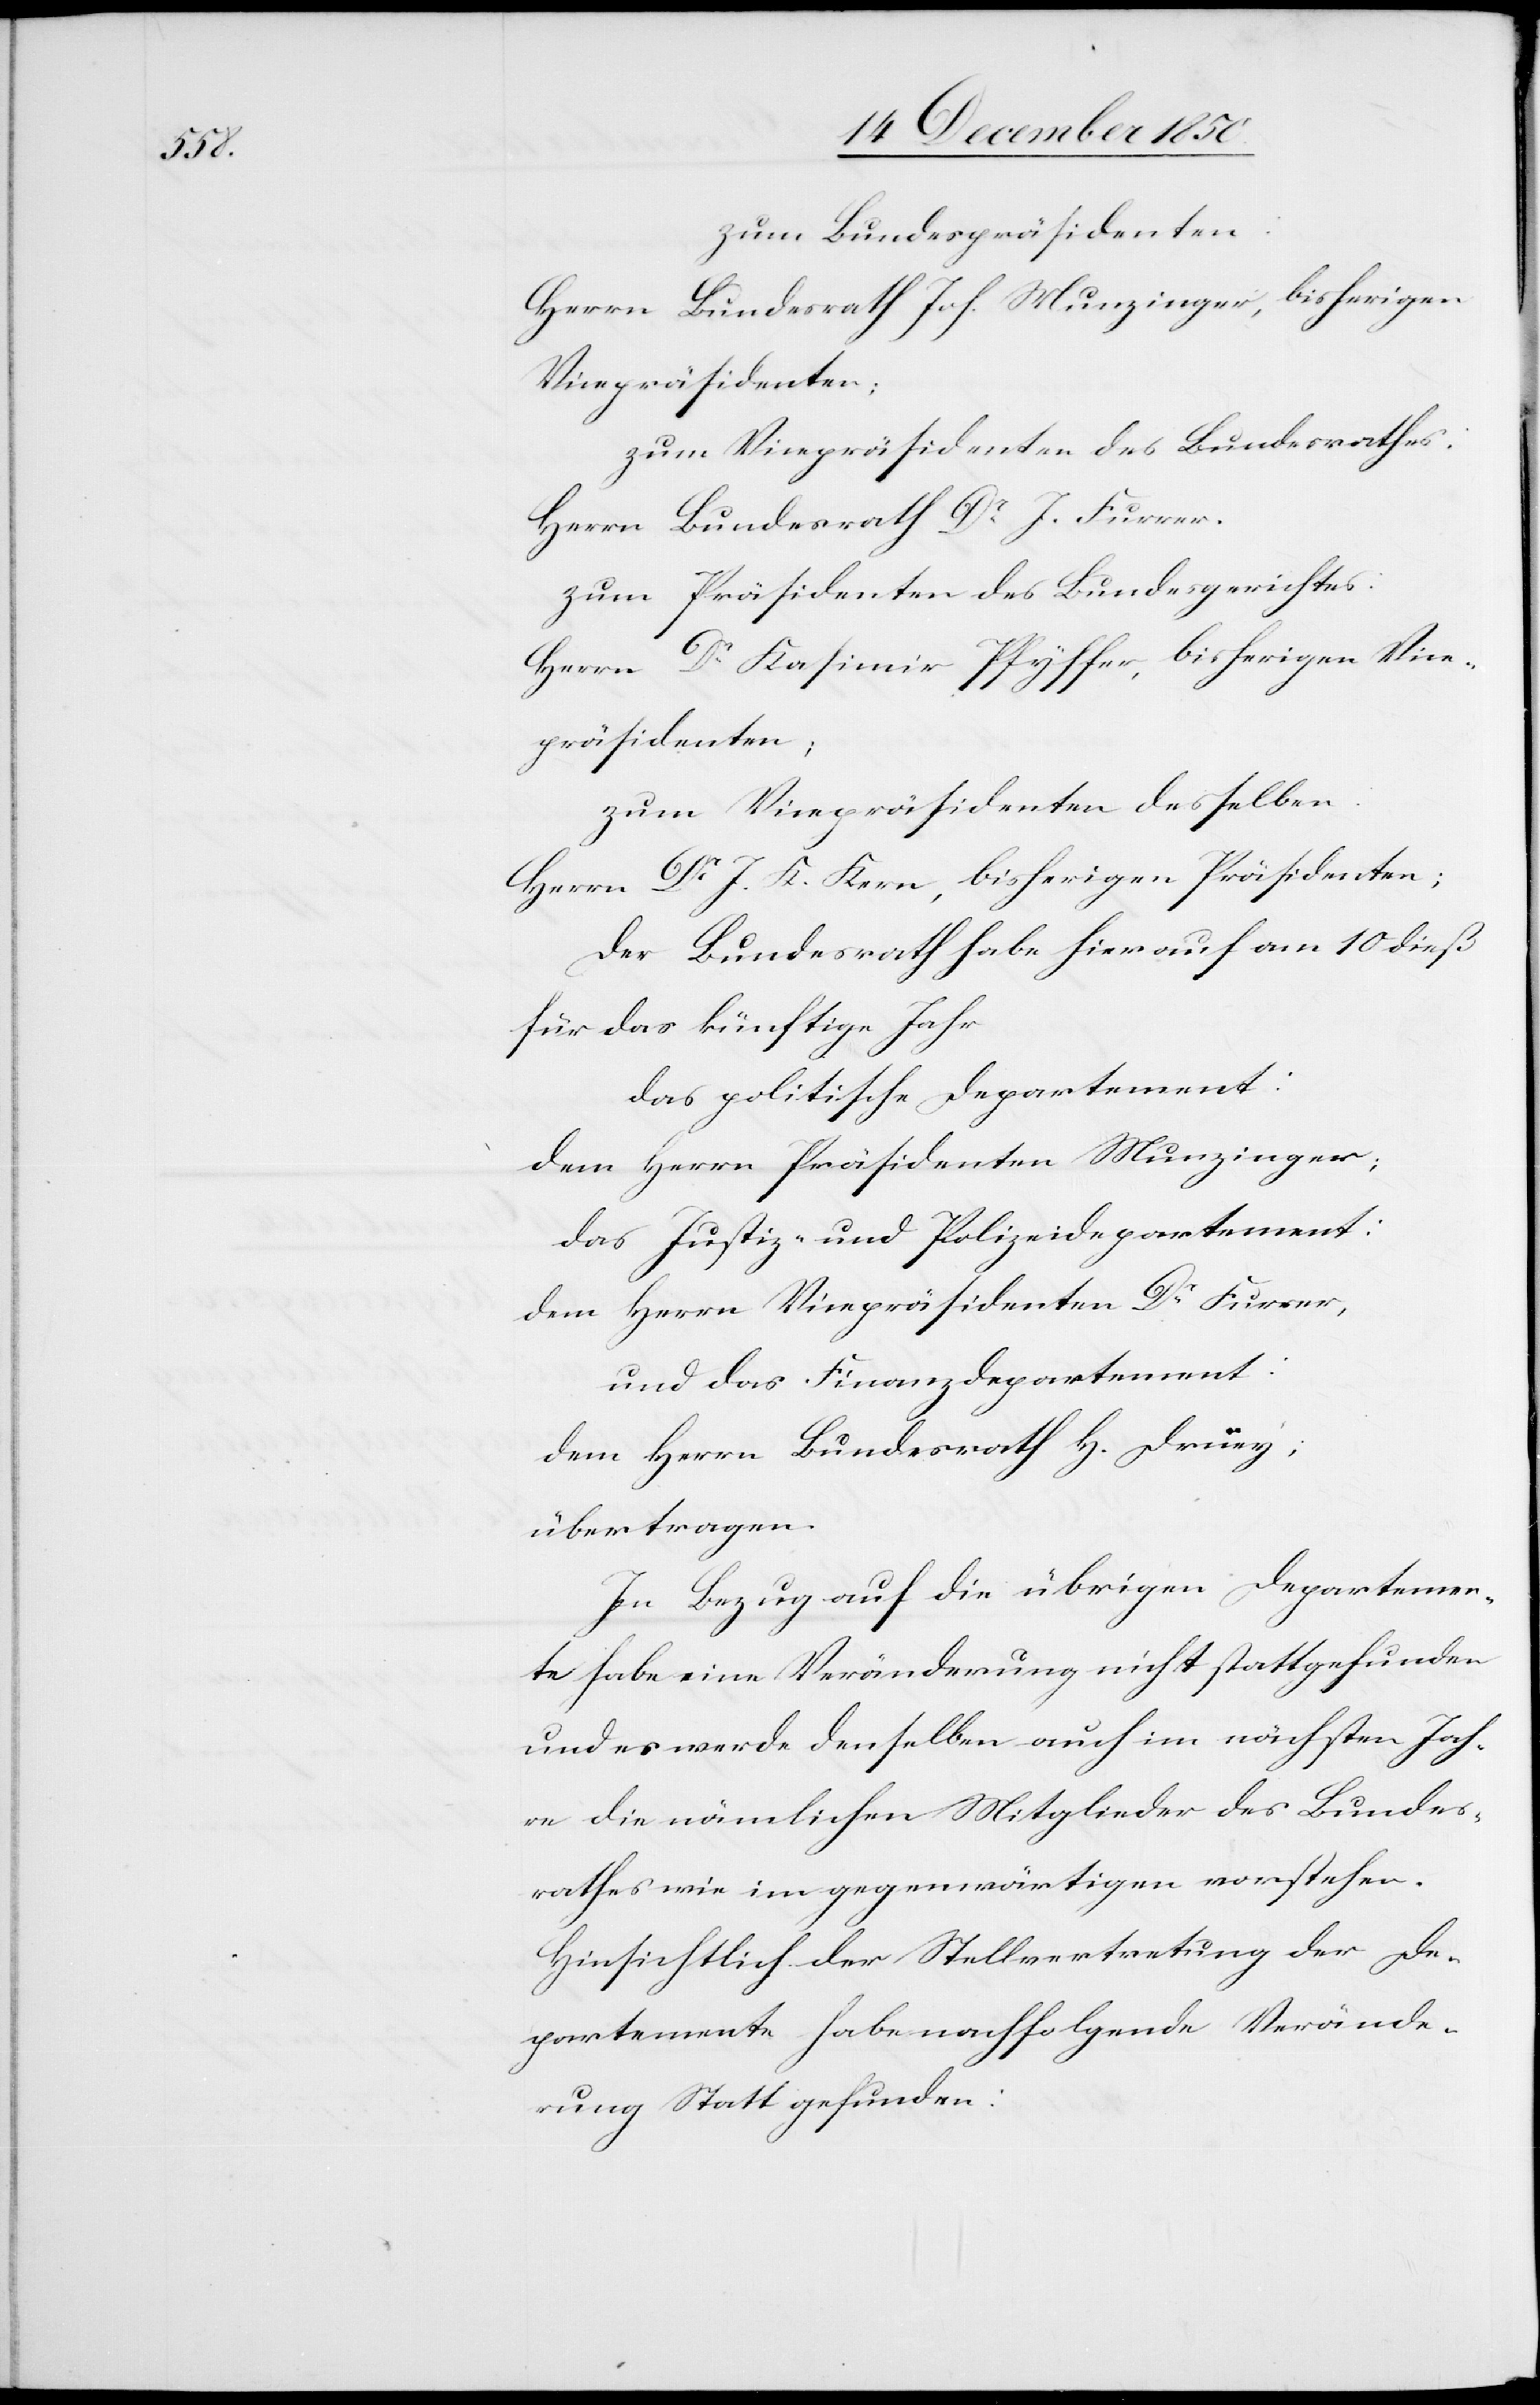
zum Bundespräsidenten:
Herrn Bundesrath Joh. Munzinger, bisherigen
Vicepräsidenten;
zum Vicepräsidenten des Bundesrathes:
Herrn Bundesrath Dr J. Furrer.
zum Präsidenten des Bundesgerichtes:
Herrn Dr Kasimir Pfyffer, bisherigen Vice¬
präsidenten;
zum Vicepräsidenten desselben:
Herrn Dr J. K. Kern, bisherigen Präsidenten;
Der Bundesrath habe hierauf am 10 dieß
für das künftige Jahr
das politische Departement:
dem Herrn Präsidenten Munzinger;
das Justiz- und Polizeidepartement:
dem Herrn Vicepräsidenten Dr Furrer,
und das Finanzdepartement:
dem Herrn Bundesrath H. Druey;
übertragen.
In Bezug auf die übrigen Departemen¬
te habe eine Veränderung nicht stattgefunden
und es werde denselben auch im nächsten Jah¬
re die nämlichen Mitglieder des Bundes¬
rathes wie im gegenwärtigen vorstehen.
Hinsichtlich der Stellvertretung der De¬
partemente habe nachfolgende Verände¬
rung Statt gefunden: